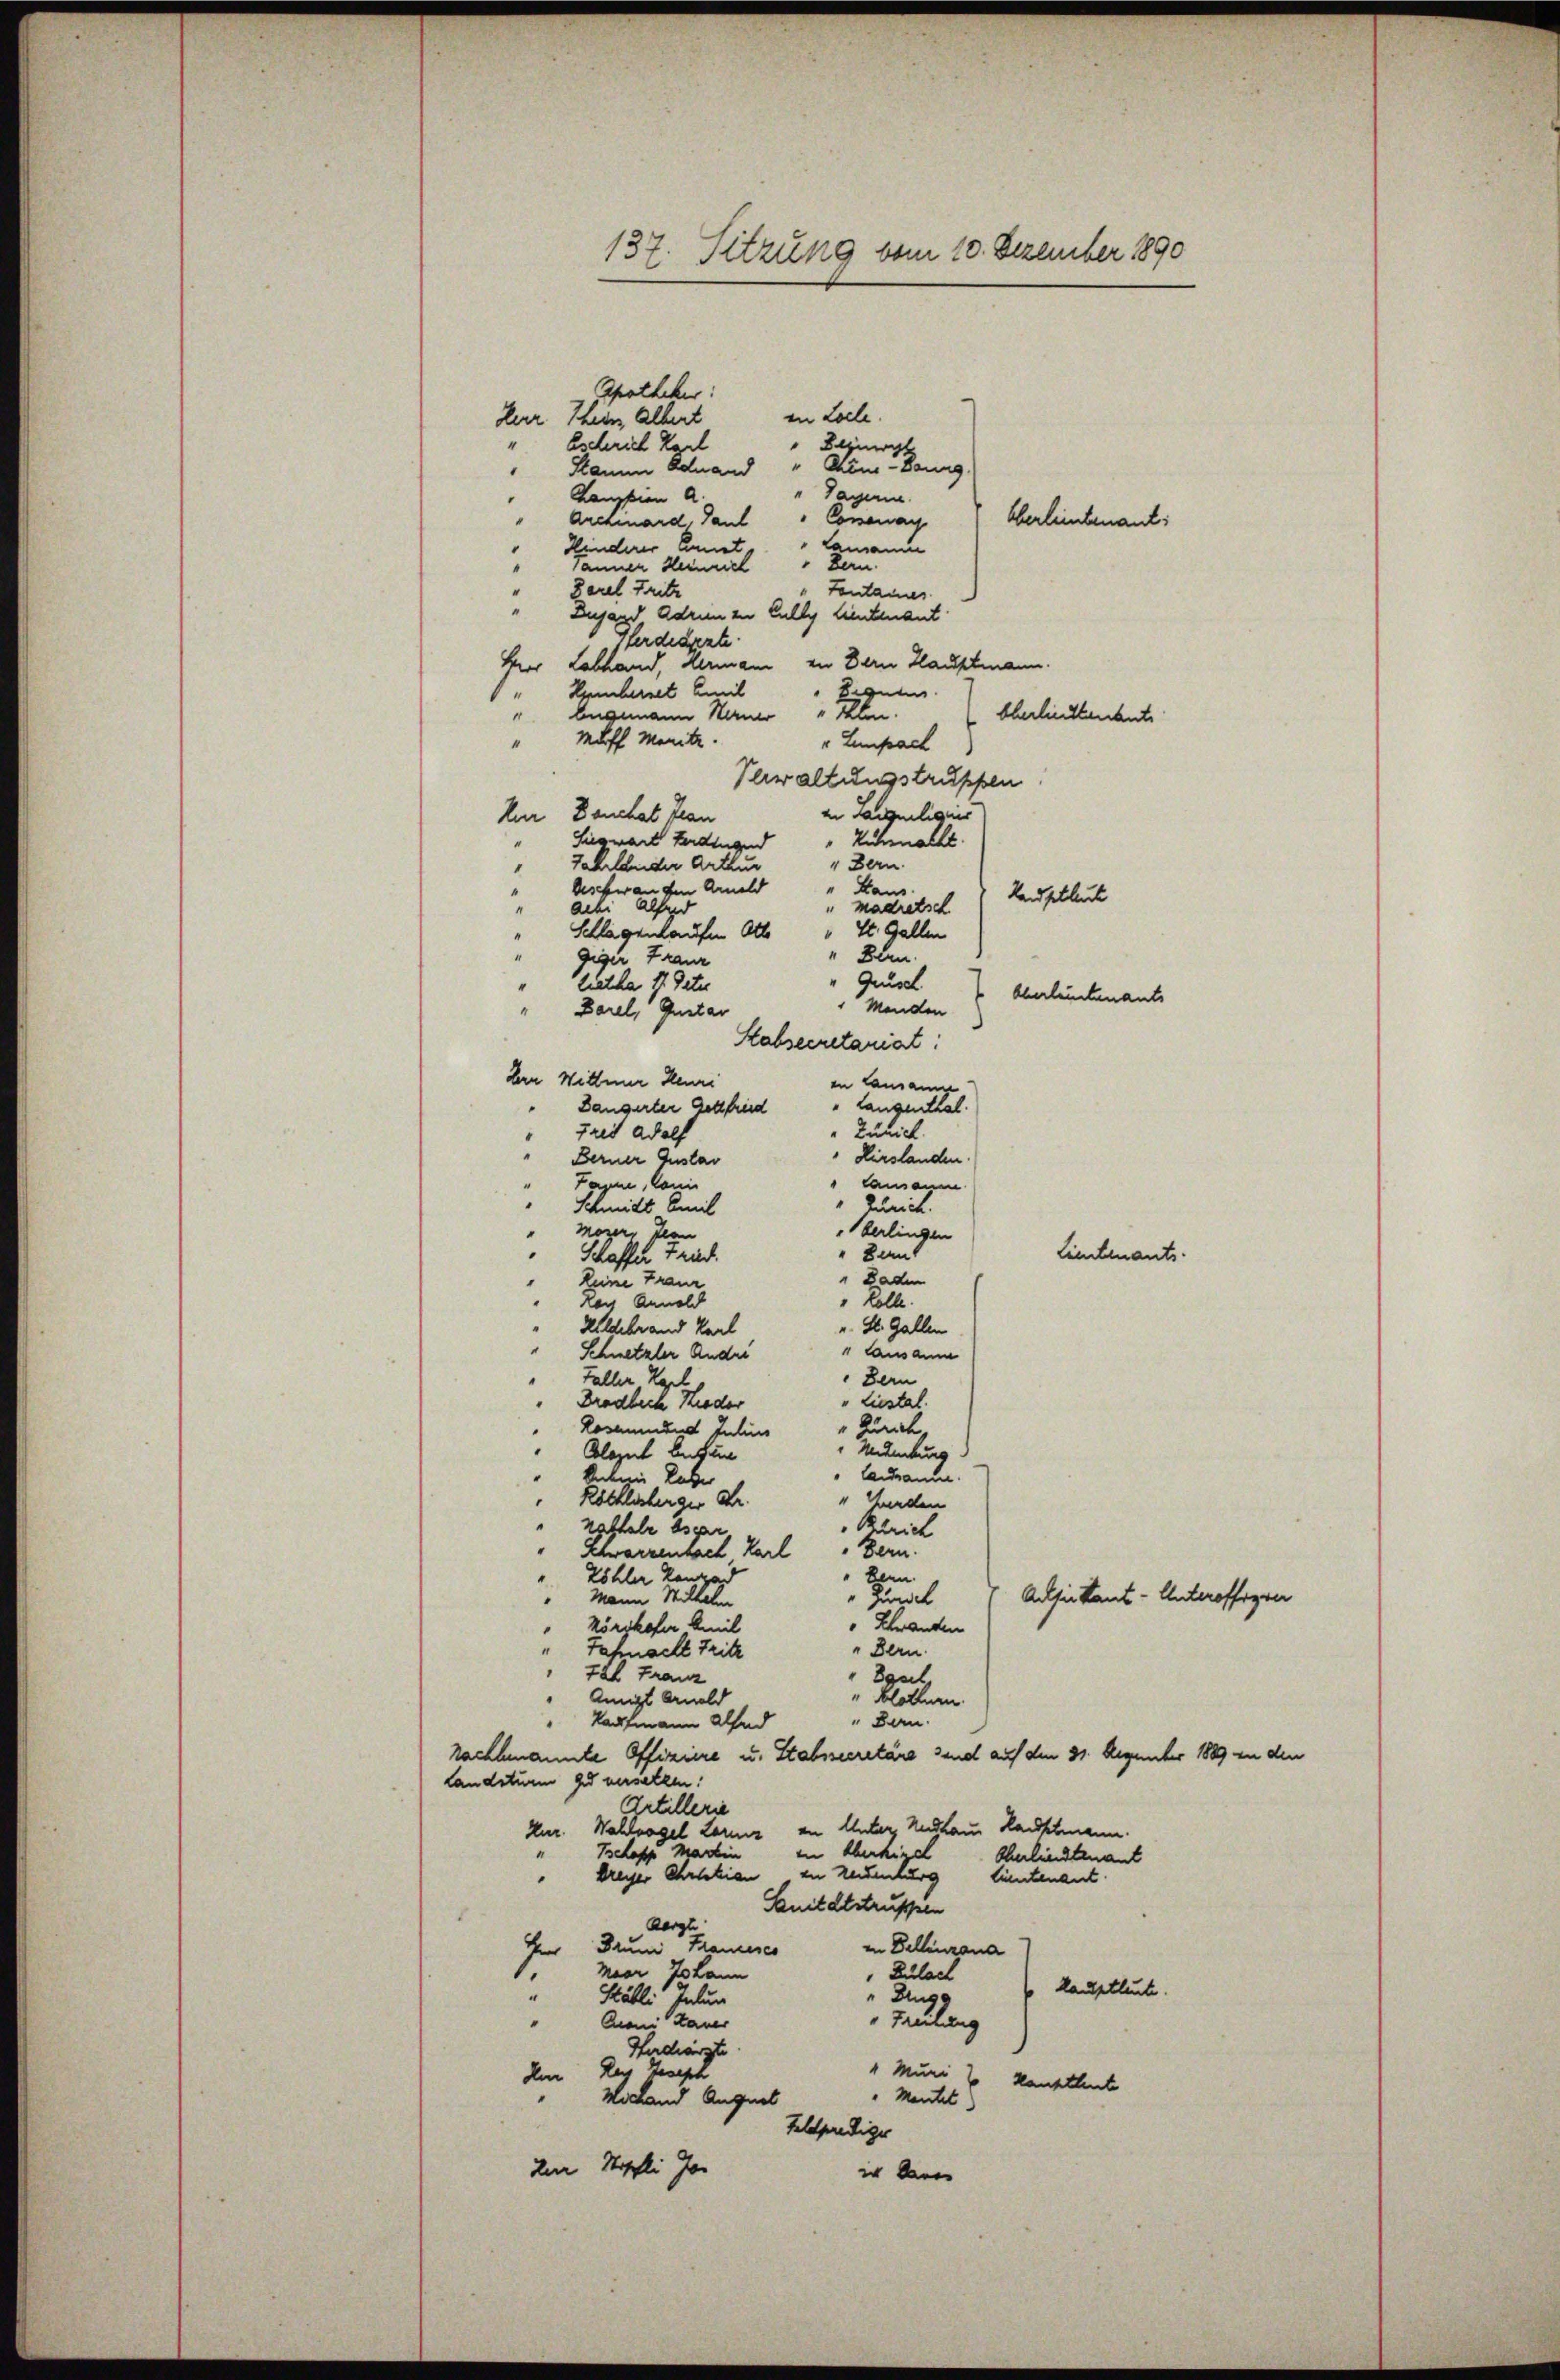
137. Sitzung vom 10. Dezember 1890

Shotheker:
in Loele.
Herr Thier, Albert
Eschrich Karl
Beginnt
Stamm Eduand " Chine-Baung
" Tagen.
Kanpien a.
Connan
Oberleibenant:
Archiard, Paul
lamen
Kinderer Arnet.
Bern.
sannen Heinrich
Zarel Freite
Fontanes.
Lugand Adrie zu Falles lieutenant
Pferdearzte.
Ver Labhand, denmann in Bern Hauptmann.
Bigung.
Hembernet Emil
1
Angemann Hauer kein
bberlinkendente
Muff Monite.
4
" Lumpach
Verwaltungstruppen
in Saumeligiis
Nur Deuchat Fran
"Zuhalte.
Siegwart Ferdingend
" Bern
Jahlender Arthur
derher an den Anmeld
"Haus
Kaufblück
"madretsch
acki Alferd
 St. Gallen
Schlagenkaufen Ott
" Blen
gigir Franz
letha 11 Deter
"Grusch. Oberleitenants
 Menden
“
Barel, Gustar
Stabsecretariat:
Der Wittwer Heuri
in Lausanne
"Langenthal
Längerter Gottfried
"Zuhich
"Frei Adolf
"Hirslanden
Berner Gustav
lausamm
Tagen, kann
" Zürich.
Schmidt Emil
berlingen
Mogen. Jean
" Baut
Limitants.
Schaffer Fried.
" Baden
Reine Franz
" Kolle.
Nach Annald
u. St. Gallen
Hildebrand Karl
1 Lausaum
Schnetzler Andri
Bern
Faller Karl
Dredlich Rieder
"Liestal
" Zürich.
Losaunend Julius
Nedelung
Clozel befun
"Caudran.
beken Leber
Röthlisberger Dr.
" Landen
Zürich
rastele bsgar
Bern.
Zhwarzenbach Karl
" kann.
Zöhler Tanzad
Actis kant-Unterofferen
Zürich
" Mann Wilhelm
" Schranken
körikofer Amil
" Bern.
"Fahmacht Fritz
tal Franz
Sgel.
Annigs Arnold
blotenen.
"Ban.
Kaufmann alfond
Nachbenannte Offiziere u. Stabssecretäre sind auf den 31. Dezember 1889 in den
Landsturm ged versetzen:
Artillerie
km. Wahlvogel Zarns an Unter Radhaus Rauchtmann.
in Oberkigel
Tschaffe Martin
Oherlieutenant
kreiser Chrthien zu Neuenburg
tientenant.
Sanitätstruppen
Aerge
in Dellinzona
d Drum Maneses
Maar Johann
1.
Bulach
kauptleute.
"Zuge
Stäbli Indun
" Treibung
Man kaner
Hadiirgte.
Hn Rey Joseph
1 Muri 2 Kantthut
"Mantel
Michand August
telprediger
Im Mischli Jo
in den